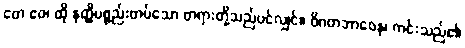
တေ ဧဝ၊ ထို နတ္ထိပစ္စည်းတပ်သော တရားတို့သည်ပင်လျှင်။ ဝိဂတဘာဝေန၊ ကင်းသည်၏